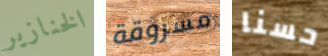
الخنازير مسروقة حسنا